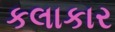
કલાકાર